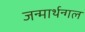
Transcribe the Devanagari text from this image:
जन्मार्थन्गल